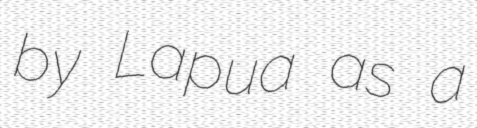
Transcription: by Lapua as a